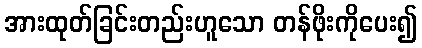
အားထုတ်ခြင်းတည်းဟူသော တန်ဖိုးကိုပေး၍